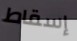
إسقاط